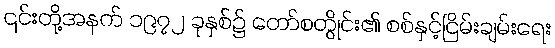
၎င်းတို့အနက် ၁၉၇၂ ခုနှစ်၌ တော်စတွိုင်း၏ စစ်နှင့်ငြိမ်းချမ်းရေး